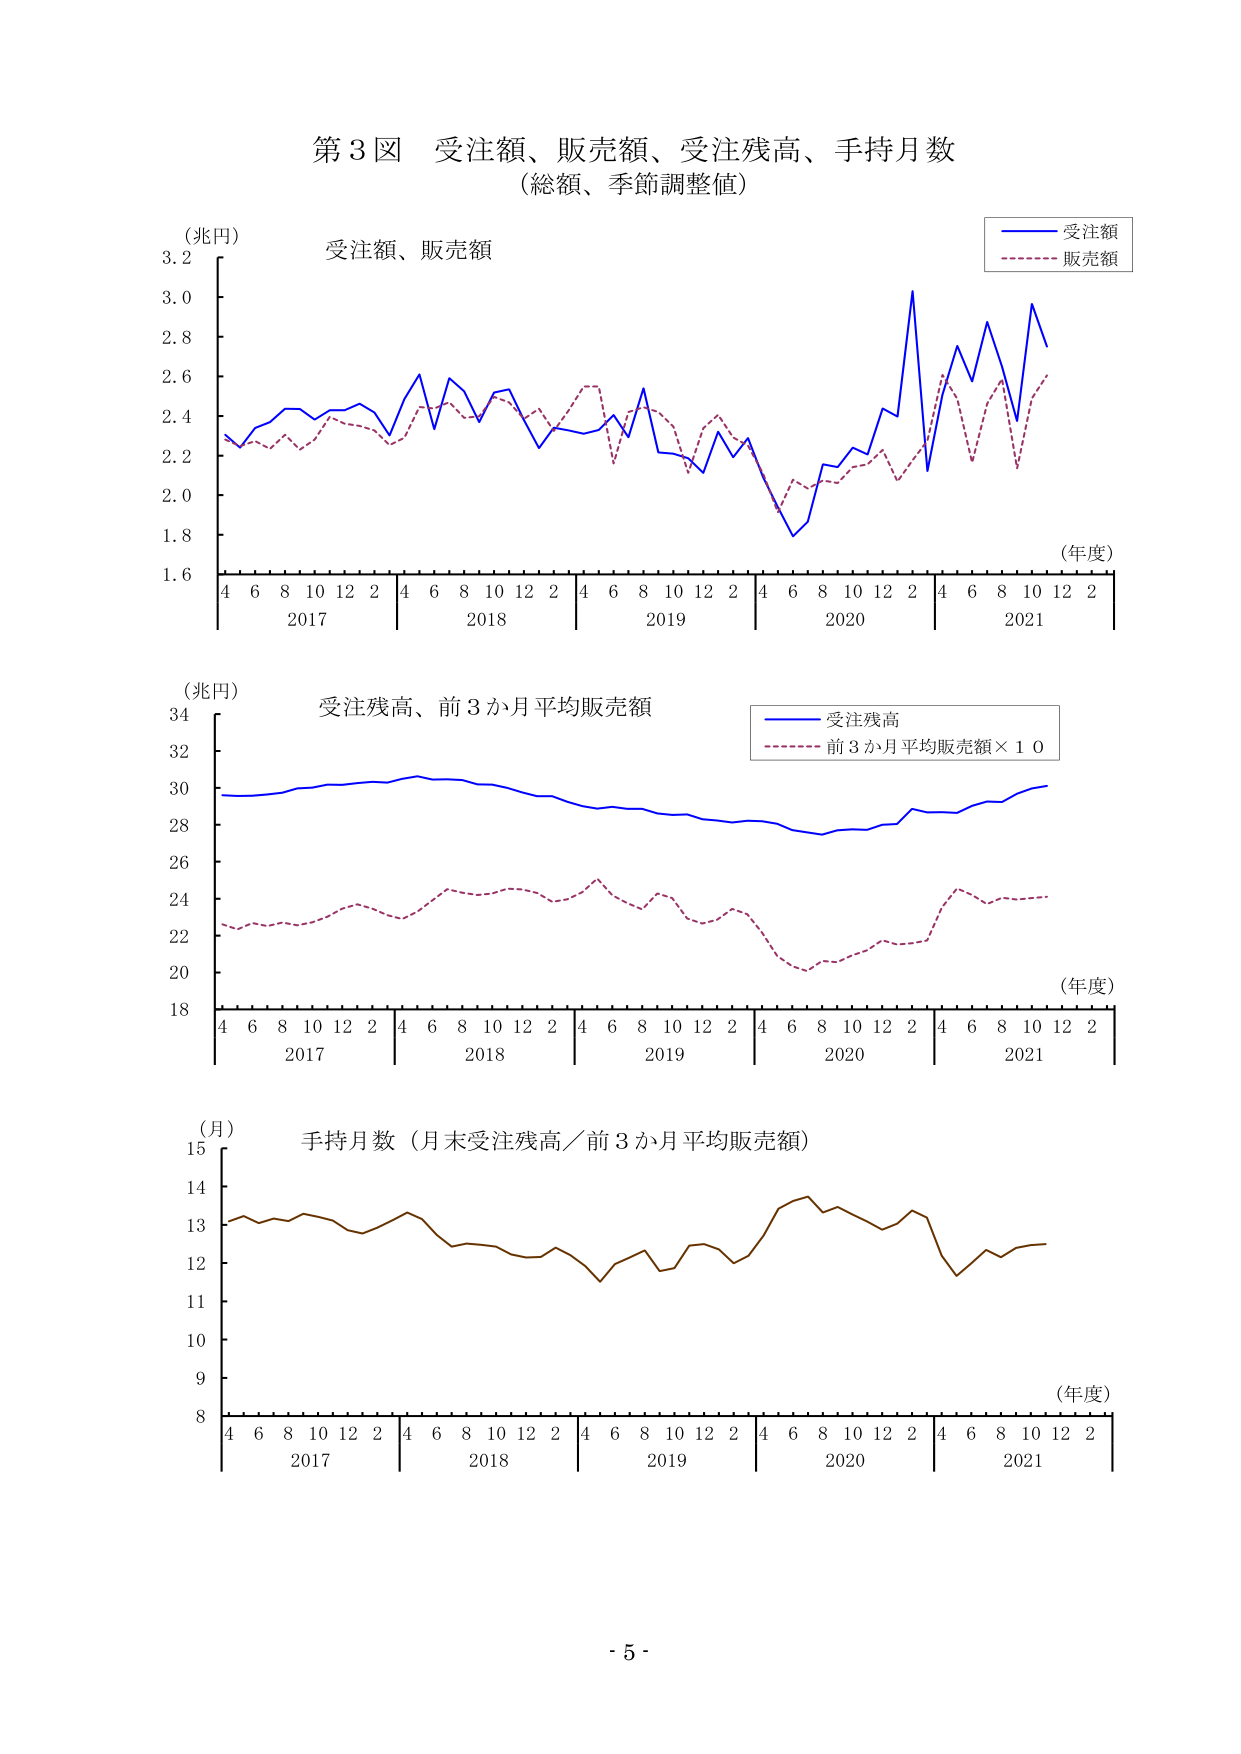
第３図 受注額、販売額、受注残高、手持月数
（総額、季節調整値）

（兆円）
受注額、販売額
（年度）
4 6 8 10 12 2 4 6 8 10 12 2 4 6 8 10 12 2 4 6 8 10 12 2 4 6 8 10 12 2
2017 2018 2019 2020 2021
（受注額）
（販売額）

（兆円）
受注残高、前3か月平均販売額
（年度）
4 6 8 10 12 2 4 6 8 10 12 2 4 6 8 10 12 2 4 6 8 10 12 2 4 6 8 10 12 2
2017 2018 2019 2020 2021
（受注残高）
（前3か月平均販売額×10）

（月）
手持月数（月末受注残高／前3か月平均販売額）
（年度）
4 6 8 10 12 2 4 6 8 10 12 2 4 6 8 10 12 2 4 6 8 10 12 2 4 6 8 10 12 2
2017 2018 2019 2020 2021

- 5 -